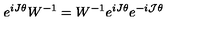
e ^ { i J \theta } W ^ { - 1 } = W ^ { - 1 } e ^ { i J \theta } e ^ { - i { \cal J } \theta }